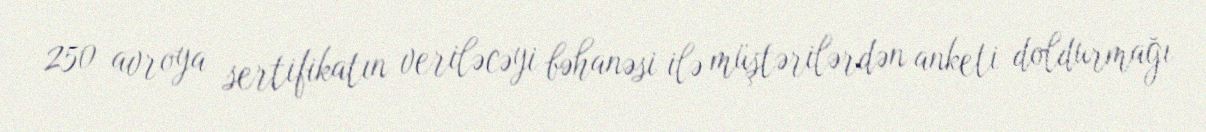
250 avroya sertifikatın veriləcəyi bəhanəsi ilə müştərilərdən anketi doldurmağı